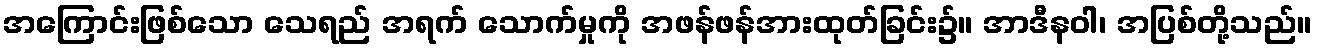
အကြောင်းဖြစ်သော သေရည် အရက် သောက်မှုကို အဖန်ဖန်အားထုတ်ခြင်း၌။ အာဒီနဝါ၊ အပြစ်တို့သည်။